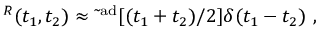
{ \bf \Sigma } ^ { R } ( t _ { 1 } , t _ { 2 } ) \approx \tilde { \bf \Sigma } ^ { \mathrm { a d } } [ ( t _ { 1 } + t _ { 2 } ) / 2 ] \delta ( t _ { 1 } - t _ { 2 } ) ~ ,